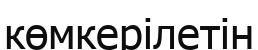
көмкерілетін